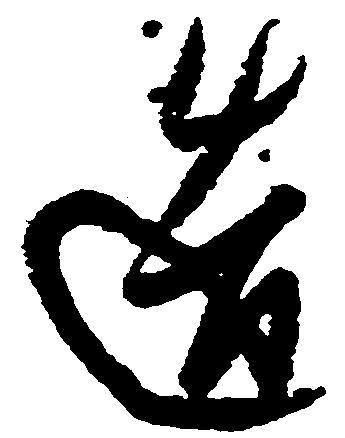
造